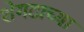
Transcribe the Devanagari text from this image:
शेगटाच्या